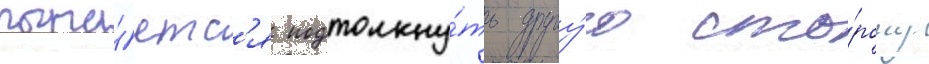
пыта́етс'я подтолкну́ть другу́ю сто́рону